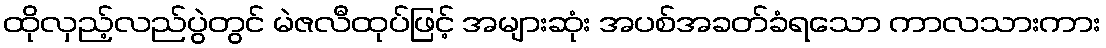
ထိုလှည့်လည်ပွဲတွင် မဲဇလီထုပ်ဖြင့် အများဆုံး အပစ်အခတ်ခံရသော ကာလသားကား